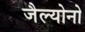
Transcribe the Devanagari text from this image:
जैल्योनो